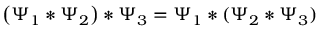
\left( \Psi _ { 1 } * \Psi _ { 2 } \right) * \Psi _ { 3 } = \Psi _ { 1 } * ( \Psi _ { 2 } * \Psi _ { 3 } )